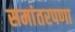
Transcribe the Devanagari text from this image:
समांतरपणा